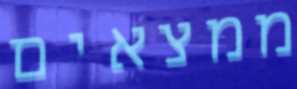
ממצאים